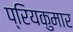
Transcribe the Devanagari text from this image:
प्रियकुमार